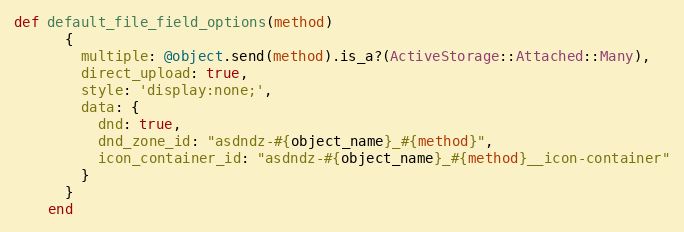
Language: Ruby
def default_file_field_options(method)
      {
        multiple: @object.send(method).is_a?(ActiveStorage::Attached::Many),
        direct_upload: true,
        style: 'display:none;',
        data: {
          dnd: true,
          dnd_zone_id: "asdndz-#{object_name}_#{method}",
          icon_container_id: "asdndz-#{object_name}_#{method}__icon-container"
        }
      }
    end